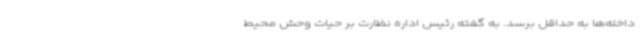
داخله‌ها به حداقل برسد. به گفته‌ رئیس اداره نظارت بر حیات وحش محیط